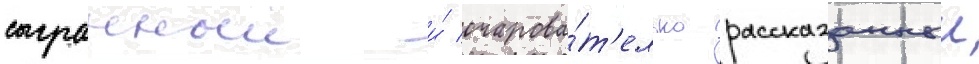
сыгранныи и́ очарова́т'ельно рассказанныи